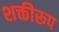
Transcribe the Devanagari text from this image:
शक्तीरूप